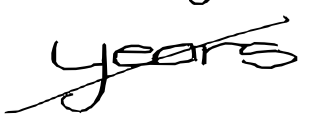
Text: years
Cross-out: diagonal
Writing tool: digital_black